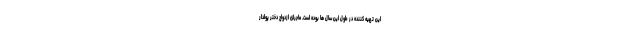
این تهیه کننده در طول این سال ها بوده است. ماجرای ازدواج دختر پولدار